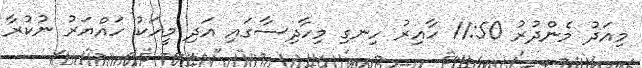
މިއަދު މެންދުރު 11:50 ހާއިރު ހިނގި މިހާދިސާގައި އަދި މީހަކު ހައްޔަރު ނުކުރާ